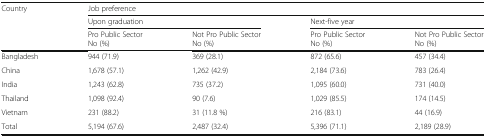
| <ROWSPAN=3> Country | <COLSPAN=4> Job preference |
 | <COLSPAN=2> Upon graduation | <COLSPAN=2> Next-five year |
 | Pro Public SectorNo (%) | Not Pro Public SectorNo (%) | Pro Public SectorNo (%) | Not Pro Public SectorNo (%) |
 | --- | --- | --- | --- | --- |
 | Bangladesh | 944 (71.9) | 369 (28.1) | 872 (65.6) | 457 (34.4) |
 | China | 1,678 (57.1) | 1,262 (42.9) | 2,184 (73.6) | 783 (26.4) |
 | India | 1,243 (62.8) | 735 (37.2) | 1,095 (60.0) | 731 (40.0) |
 | Thailand | 1,098 (92.4) | 90 (7.6) | 1,029 (85.5) | 174 (14.5) |
 | Vietnam | 231 (88.2) | 31 (11.8 %) | 216 (83.1) | 44 (16.9) |
 | Total | 5,194 (67.6) | 2,487 (32.4) | 5,396 (71.1) | 2,189 (28.9) |